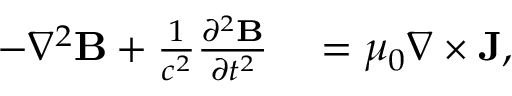
\begin{array} { r l } { - \nabla ^ { 2 } { \mathbf B } + \frac { 1 } { c ^ { 2 } } \frac { \partial ^ { 2 } { \mathbf B } } { \partial t ^ { 2 } } } & { { } = \mu _ { 0 } \nabla \times { \mathbf J } , } \end{array}